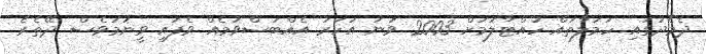
ދެމެދުގައި ހަމަލާތައް ހުއްޓާލުމަށް 2003 ވަނަ އަހަރު އެއްބަސްވުމެއް ވެފައި ވީނަމަވެސް ދޭތެރެ